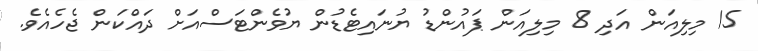
15 މިލިއަން އަދި 8 މިލިއަން ޕައުންޑު ޔުނައިޓެޑުން ޔުވެންޓަސްއަށް ދައްކަން ޖެހެއެވެ.